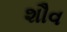
શૌવ